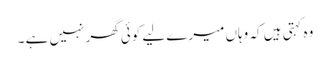
وہ کہتی ہیں کہ وہاں میرے لیے کوئی گھر نہیں ہے ۔